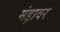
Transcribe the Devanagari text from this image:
मंड़ावर